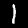
Label: 1